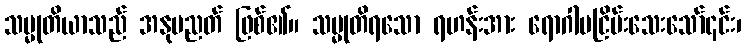
သမ္မုတိယာသည် အနုပညတ် ဖြစ်၏။ သမ္မုတိရသော ရဟန်းအား ရောဂါမငြိမ်းသေးသော်၎င်း၊